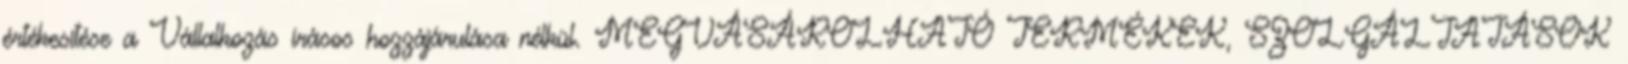
értékesítése a Vállalkozás írásos hozzájárulása nélkül. MEGVÁSÁROLHATÓ TERMÉKEK, SZOLGÁLTATÁSOK